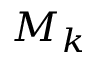
M _ { k }